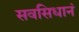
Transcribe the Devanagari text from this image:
सवसिधानं